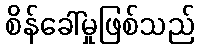
စိန်ခေါ်မှုဖြစ်သည်